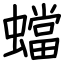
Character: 蟷